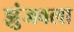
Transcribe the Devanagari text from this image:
झुंजवला